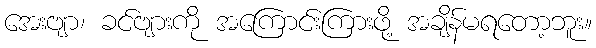
အေးဗျာ၊ ခင်ဗျားကို အကြောင်းကြားဖို့ အချိန်မရတော့ဘူး။